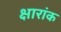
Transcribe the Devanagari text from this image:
क्षारांक